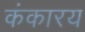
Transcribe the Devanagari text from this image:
कंकारय